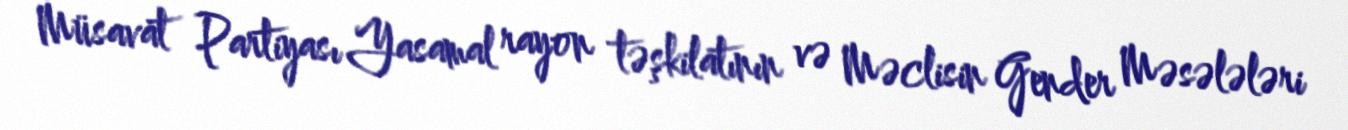
Müsavat Partiyası Yasamal rayon təşkilatının və Məclisin Gender Məsələləri